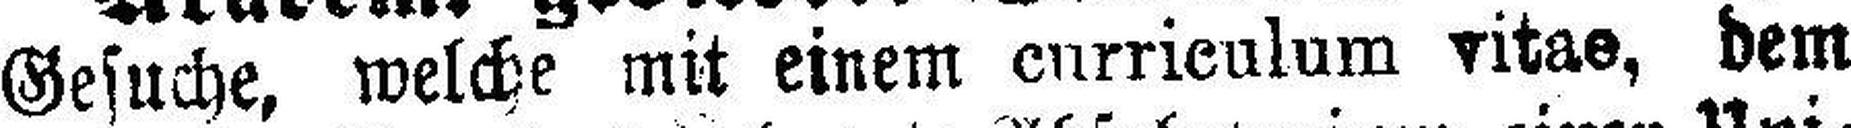
Gesuche, welche mit einem currieulum vitae, dem